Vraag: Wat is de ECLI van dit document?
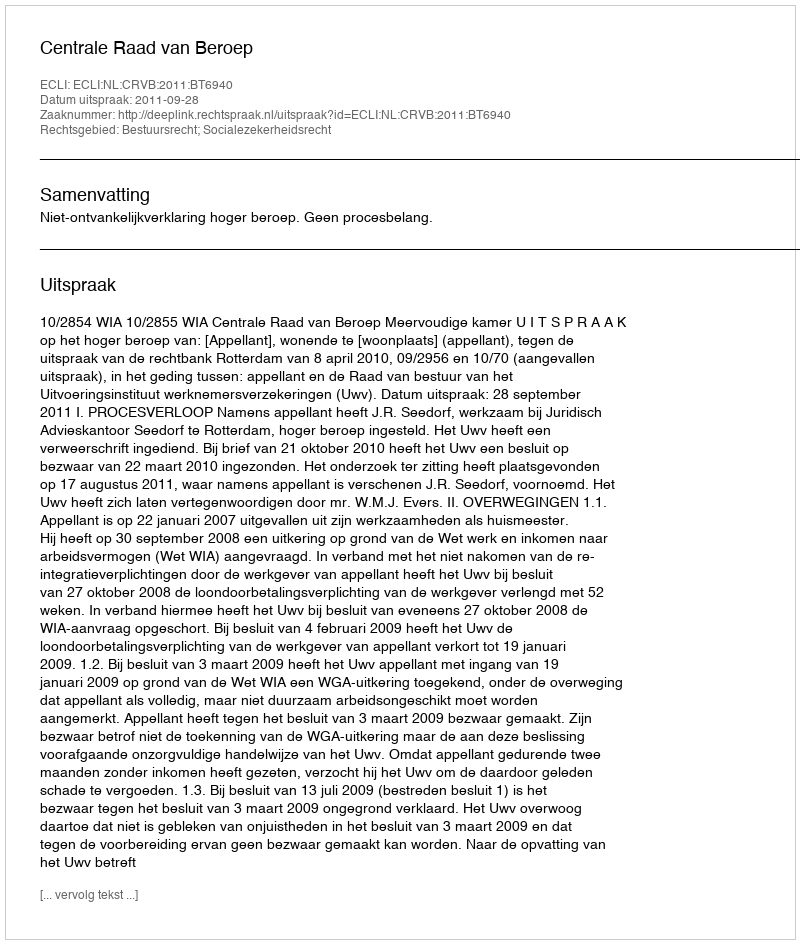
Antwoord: ECLI:NL:CRVB:2011:BT6940